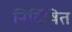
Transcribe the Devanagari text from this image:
निर्दिषित